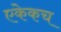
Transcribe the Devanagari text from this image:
एकेकच